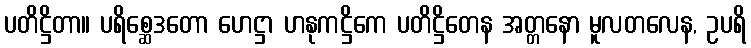
ပတိဋ္ဌိတာ။ ပရိစ္ဆေဒတော ဟေဋ္ဌာ ဟနုကဋ္ဌိကေ ပတိဋ္ဌိတေန အတ္တနော မူလတလေန, ဥပရိ